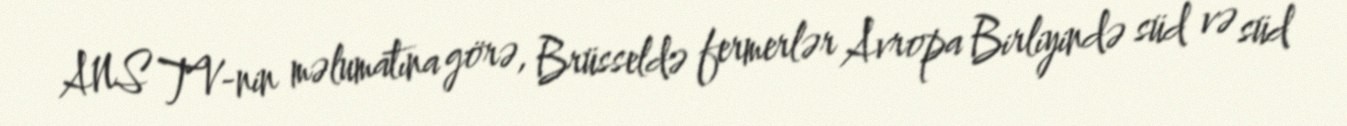
ANS TV-nin məlumatına görə, Brüsseldə fermerlər Avropa Birliyində süd və süd